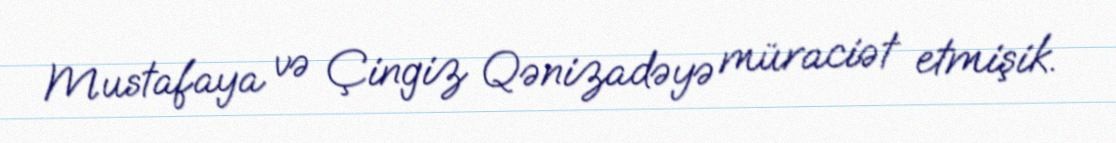
Mustafaya və Çingiz Qənizadəyə müraciət etmişik.